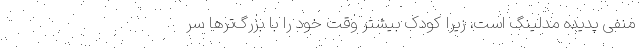
منفی پدیده مدلینگ است، زیرا کودک بیشتر وقت خود را با بزرگ‌ترها سر